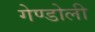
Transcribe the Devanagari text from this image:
गेण्डोली